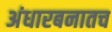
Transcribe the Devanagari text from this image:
अंधारबनातच